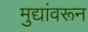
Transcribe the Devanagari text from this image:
मुद्यांवरून